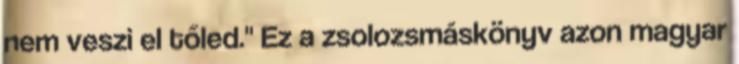
nem veszi el tőled." Ez a zsolozsmáskönyv azon magyar